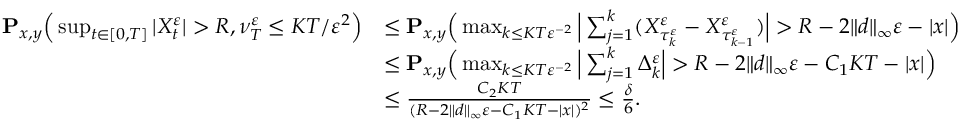
\begin{array} { r l } { \mathbf { P } _ { x , y } \Big ( \operatorname* { s u p } _ { t \in [ 0 , T ] } | X _ { t } ^ { \varepsilon } | > R , \nu _ { T } ^ { \varepsilon } \leq K T / \varepsilon ^ { 2 } \Big ) } & { \leq \mathbf { P } _ { x , y } \Big ( \operatorname* { m a x } _ { k \leq K T \varepsilon ^ { - 2 } } \Big | \sum _ { j = 1 } ^ { k } ( X _ { \tau _ { k } ^ { \varepsilon } } ^ { \varepsilon } - X _ { \tau _ { k - 1 } ^ { \varepsilon } } ^ { \varepsilon } ) \Big | > R - 2 \| d \| _ { \infty } \varepsilon - | x | \Big ) } \\ & { \leq \mathbf { P } _ { x , y } \Big ( \operatorname* { m a x } _ { k \leq K T \varepsilon ^ { - 2 } } \Big | \sum _ { j = 1 } ^ { k } \Delta _ { k } ^ { \varepsilon } \Big | > R - 2 \| d \| _ { \infty } \varepsilon - C _ { 1 } K T - | x | \Big ) } \\ & { \leq \frac { C _ { 2 } K T } { ( R - 2 \| d \| _ { \infty } \varepsilon - C _ { 1 } K T - | x | ) ^ { 2 } } \leq \frac { \delta } { 6 } . } \end{array}